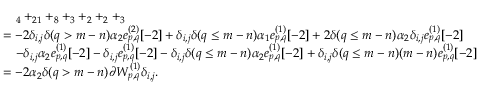
\begin{array} { r l } & { \quad _ { 4 } + _ { 2 1 } + _ { 8 } + _ { 3 } + _ { 2 } + _ { 2 } + _ { 3 } } \\ & { = - 2 \delta _ { i , j } \delta ( q > m - n ) \alpha _ { 2 } e _ { p , q } ^ { ( 2 ) } [ - 2 ] + \delta _ { i , j } \delta ( q \leq m - n ) \alpha _ { 1 } e _ { p , q } ^ { ( 1 ) } [ - 2 ] + 2 \delta ( q \leq m - n ) \alpha _ { 2 } \delta _ { i , j } e _ { p , q } ^ { ( 1 ) } [ - 2 ] } \\ & { \quad - \delta _ { i , j } \alpha _ { 2 } e _ { p , q } ^ { ( 1 ) } [ - 2 ] - \delta _ { i , j } e _ { p , q } ^ { ( 1 ) } [ - 2 ] - \delta _ { i , j } \delta ( q \leq m - n ) \alpha _ { 2 } e _ { p , q } ^ { ( 1 ) } [ - 2 ] + \delta _ { i , j } \delta ( q \leq m - n ) ( m - n ) e _ { p , q } ^ { ( 1 ) } [ - 2 ] } \\ & { = - 2 \alpha _ { 2 } \delta ( q > m - n ) \partial W _ { p , q } ^ { ( 1 ) } \delta _ { i , j } . } \end{array}